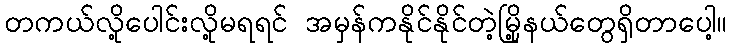
တကယ်လို့ပေါင်းလို့မရရင် အမှန်ကနိုင်နိုင်တဲ့မြို့နယ်တွေရှိတာပေါ့။